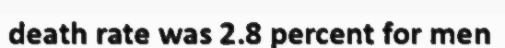
death rate was 2.8 percent for men